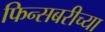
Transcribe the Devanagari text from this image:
फिन्सबरीच्या